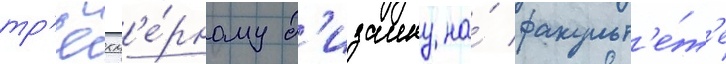
тр'ёхм'е́рному д'изаину на́ факульт'е́т'е